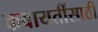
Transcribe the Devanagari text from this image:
कवायतींसाठी